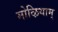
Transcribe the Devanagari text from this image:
मोऴियाम्